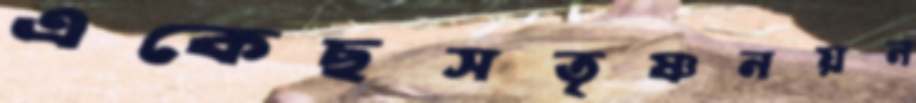
একেছসতৃষ্ণনয়ন